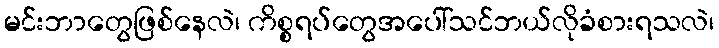
မင်းဘာတွေဖြစ်နေလဲ၊ ကိစ္စရပ်တွေအပေါ်သင်ဘယ်လိုခံစားရသလဲ၊